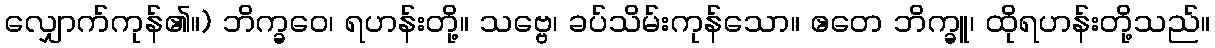
လျှောက်ကုန်၏။) ဘိက္ခဝေ၊ ရဟန်းတို့။ သဗ္ဗေ၊ ခပ်သိမ်းကုန်သော။ ဧတေ ဘိက္ခူ၊ ထိုရဟန်းတို့သည်။